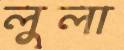
লুলা